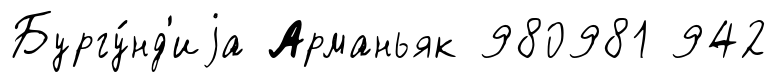
Бургу́нд'иjа Арманьяк 980981 942